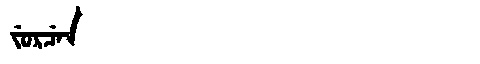
Manchu: ᠵᡠᡵᠴᡝᠨ
Romanization: JURCEN